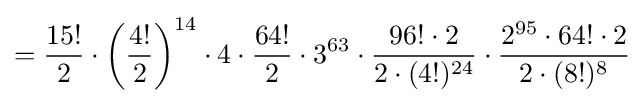
={\frac {15!}{2}}\cdot \left({\frac {4!}{2}}\right)^{14}\cdot 4\cdot {\frac {64!}{2}}\cdot 3^{63}\cdot {\frac {96!\cdot 2}{2\cdot (4!)^{24}}}\cdot {\frac {2^{95}\cdot 64!\cdot 2}{2\cdot (8!)^{8}}}